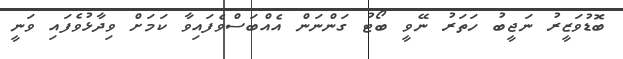
ބޮޑުވަޒީރު ނަޖީބު ހަތަރު ނޭވީ ބޯޓު ގަންނަން އެއްބަސްވެފައިވާ ކަމަށް ވިދާޅުވެފައި ވަނީ